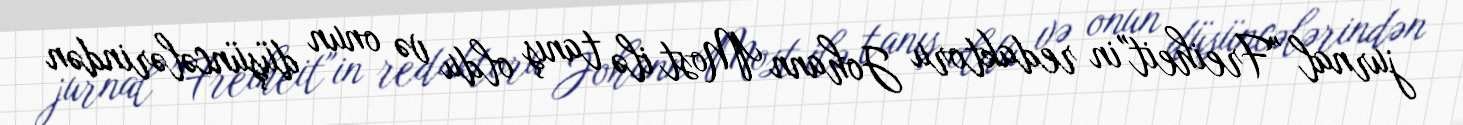
jurnal "Freiheit"in redaktoru Johann Most ilə tanış oldu və onun düşüncələrindən